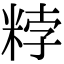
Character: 𥹸